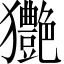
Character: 𤣚